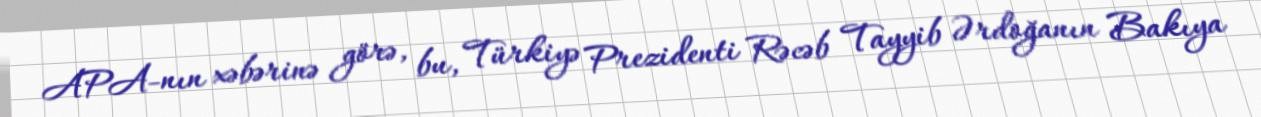
APA-nın xəbərinə görə, bu, Türkiyə Prezidenti Rəcəb Tayyib Ərdoğanın Bakıya